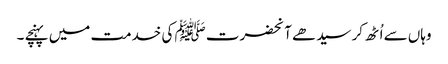
وہاں سے اُٹھ کر سیدھے آنحضرت ﷺ کی خدمت میں پہنچے ۔